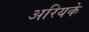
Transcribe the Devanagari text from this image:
अरियके